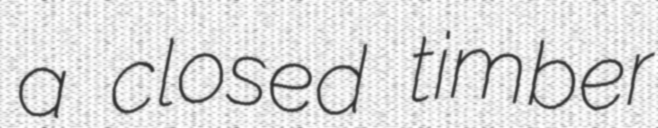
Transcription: a closed timber